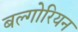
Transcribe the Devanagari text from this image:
बल्गोरियन